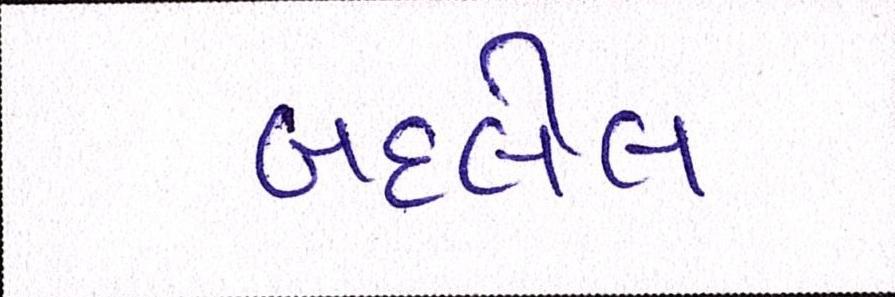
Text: બદલેલ